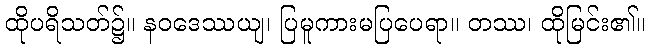
ထိုပရိသတ်၌။ နဝဒေဿယျ၊ ပြမူကားမပြပေရာ။ တဿ၊ ထိုမြင်း၏။